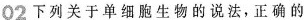
02 下列关于单细胞生物的说法，正确的